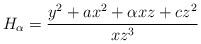
LaTeX: \begin{align*}H_{\alpha}=\frac{y^2+a x^2 + \alpha x z+ c z^2}{xz^3}\end{align*}